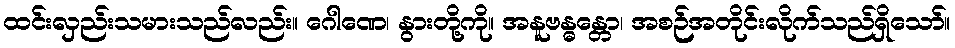
ထင်းလှည်းသမားသည်လည်း။ ဂေါဏေ၊ နွားတို့ကို။ အနူဗန္ဓန္တော၊ အစဉ်အတိုင်းလိုက်သည်ရှိသော်။